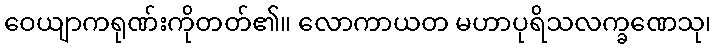
ဝေယျာကရုဏ်းကိုတတ်၏။ လောကာယတ မဟာပုရိသလက္ခဏေသု၊